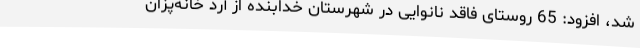
شد، افزود: 65 روستای فاقد نانوایی در شهرستان خدابنده از آرد خانه‌پزان